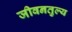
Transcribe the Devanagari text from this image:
जीवनतुल्य